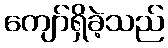
ကျော်ရှိခဲ့သည်